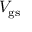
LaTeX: V _ { \mathrm { g s } }